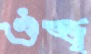
ঔজ্জ্ব